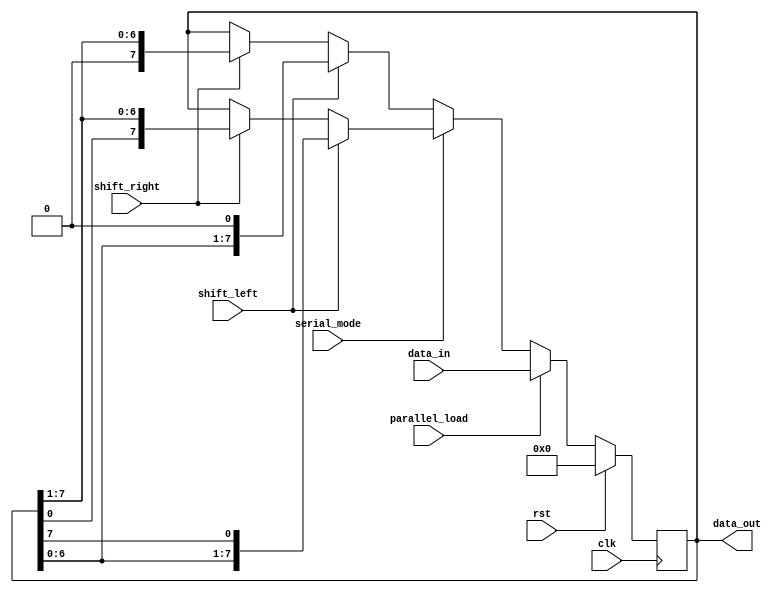
module universal_shift_register (
    input wire clk,
    input wire rst,
    input wire shift_left,
    input wire shift_right,
    input wire parallel_load,
    input wire serial_mode,
    input wire [7:0] data_in,
    output reg [7:0] data_out
);

reg [7:0] shift_reg;

always @ (posedge clk) begin
    if (rst) begin
        shift_reg <= 8'b0;
    end else if (parallel_load) begin
        shift_reg <= data_in;
    end else begin
        if (serial_mode) begin
            if (shift_left) begin
                shift_reg <= {shift_reg[6:0], shift_reg[7]};
            end else if (shift_right) begin
                shift_reg <= {shift_reg[0], shift_reg[7:1]};
            end
        end else begin
            if (shift_left) begin
                shift_reg <= shift_reg << 1;
            end else if (shift_right) begin
                shift_reg <= shift_reg >> 1;
            end
        end
    end
end

assign data_out = shift_reg;

endmodule